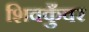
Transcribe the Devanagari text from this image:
शिवकुँवर